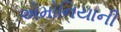
એમોનિયાની